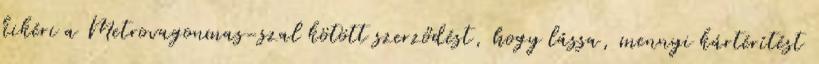
kikéri a Metrovagonmas-szal kötött szerződést, hogy lássa, mennyi kártérítést